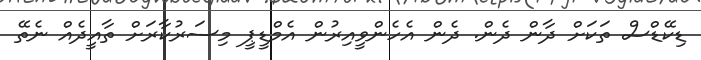
ޑިކޭޑްސް ތަކަށް ދާން ދެން. ދެން އެހެންވީއިރުން އެމްޑީޕީ މިސަރުކާރަަށް ތާއީދެއް ނެތޭ